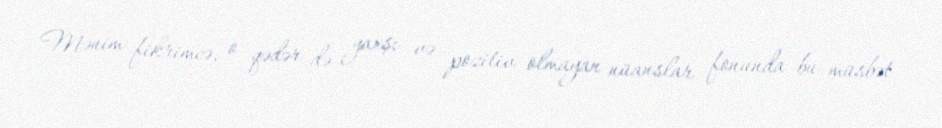
Mənim fikrimcə, o qədər də yaxşı və pozitiv olmayan nüanslar fonunda bu müsbət